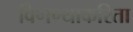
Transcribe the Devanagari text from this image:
विणण्याकरिता